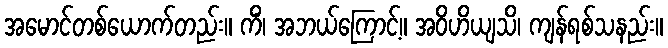
အမောင်တစ်ယောက်တည်း။ ကိံ၊ အဘယ်ကြောင့်။ အဝိဟိယျသိ၊ ကျန်ရစ်သနည်း။